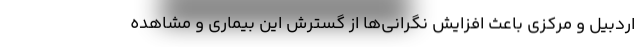
اردبیل و مرکزی باعث افزایش نگرانی‌ها از گسترش این بیماری و مشاهده